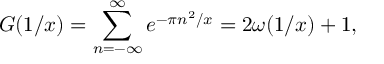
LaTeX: G ( 1 / x ) = \sum _ { n = - \infty } ^ { \infty } e ^ { - \pi n ^ { 2 } / x } = 2 \omega ( 1 / x ) + 1 ,